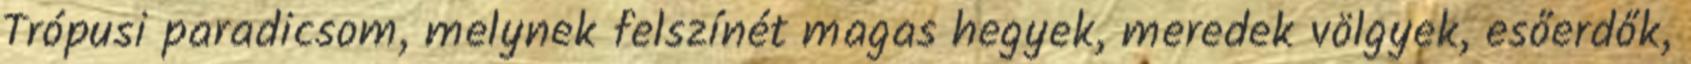
Trópusi paradicsom, melynek felszínét magas hegyek, meredek völgyek, esőerdők,